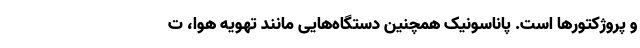
و پروژکتورها است. پاناسونیک همچنین دستگاه‌هایی مانند تهویه هوا، ت